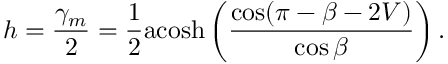
h = \frac { \gamma _ { m } } { 2 } = \frac { 1 } { 2 } \mathrm { a c o s h } \left( \frac { \cos ( \pi - \beta - 2 V ) } { \cos \beta } \right) .